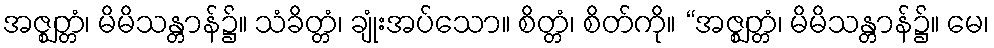
အဇ္ဈတ္တံ၊ မိမိသန္တာန်၌။ သံခိတ္တံ၊ ချုံးအပ်သော။ စိတ္တံ၊ စိတ်ကို။ “အဇ္ဈတ္တံ၊ မိမိသန္တာန်၌။ မေ၊